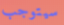
سيتوجب